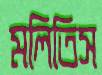
মলিতিস